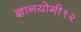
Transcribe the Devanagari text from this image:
ज्ञानयोगी१२